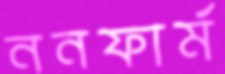
ননফার্ম